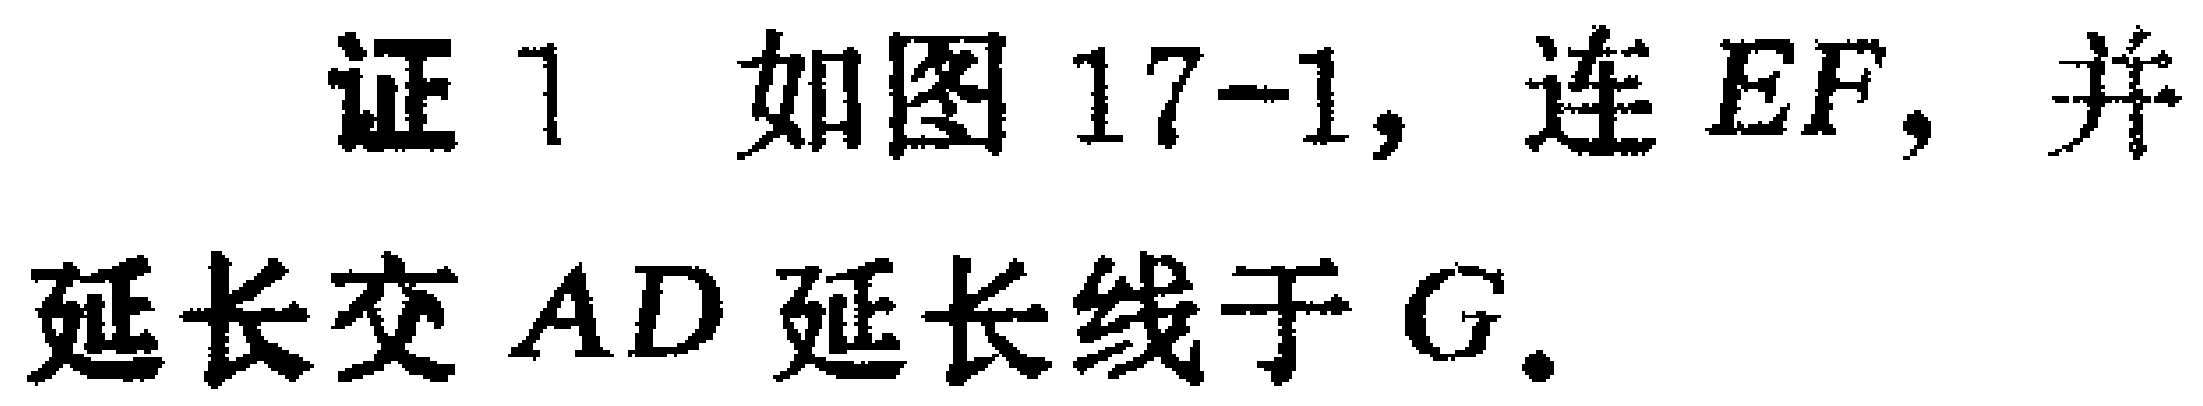
证 1 如图 17-1, 连 \(EF\), 并延长交 \(AD\) 延长线于 \(G\).